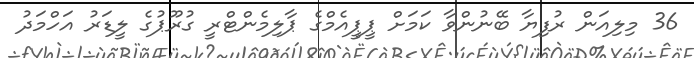
36 މިލިއަން ރުފިޔާ ބޭނުންވާ ކަމަށް ޕީޕީއެމްގެ ޕާލިމެންޓްރީ ގުރޫޕުގެ ލީޑަރު އަހްމަދު